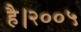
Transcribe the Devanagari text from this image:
है।२००५